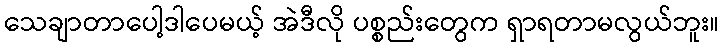
သေချာတာပေါ့ဒါပေမယ့် အဲဒီလို ပစ္စည်းတွေက ရှာရတာမလွယ်ဘူး။